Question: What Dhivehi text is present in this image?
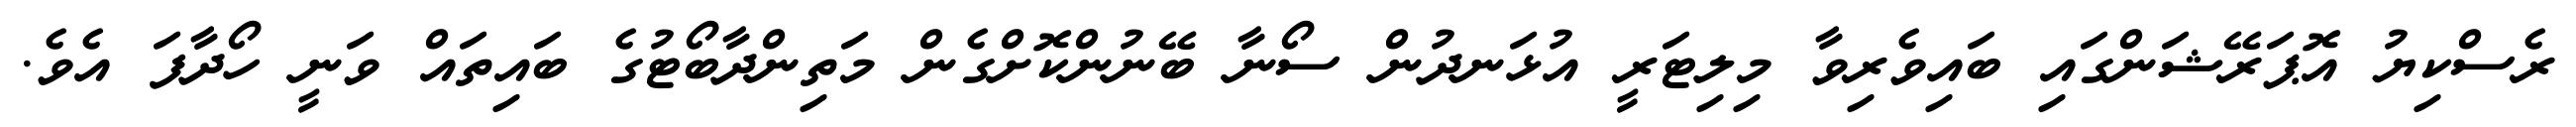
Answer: ރެސްކިޔު އޮޕަރޭޝަންގައި ބައިވެރިވާ މިލިޓަރީ އުޅަނދުން ސޯނާ ބޭނުންކޮށްގެން މަތިންދާބޯޓުގެ ބައިތައް ވަނީ ހޯދާފަ އެވެ.